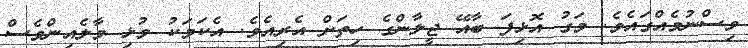
ވިސްނުމެއްގައެވެ. މަގު އޮޅިފަ ބާއޭ ޖީލާންގެ ހިތަށް އެރިއެވެ. އެކަމަކު މުޅި މާލެއިންވެސް